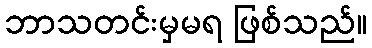
ဘာသတင်းမှမရ ဖြစ်သည်။